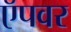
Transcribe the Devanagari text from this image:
ऍपवर